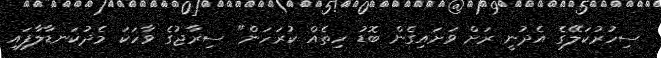
ސިހުރުކަލޭގެ އެދުނީ ރަށް ވަށައިގެން ބޮޑު ހިތެއް ކުރަހަން" ސިރާޖުގެ ވާހަކަ މެދުކަނޑާލާފައި